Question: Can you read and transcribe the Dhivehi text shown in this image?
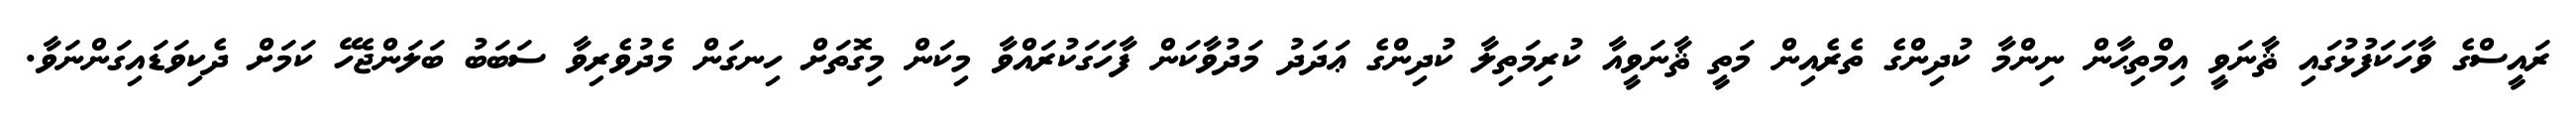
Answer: ރައީސްގެ ވާހަކަފުޅުގައި ޘާނަވީ އިމްތިޙާން ނިންމާ ކުދިންގެ ތެރެއިން މަތީ ޘާނަވީއާ ކުރިމަތިލާ ކުދިންގެ ޢަދަދު މަދުވާކަން ފާހަގަކުރައްވާ މިކަން މިގޮތަށް ހިނގަން މެދުވެރިވާ ސަބަބު ބަލަންޖެހޭ ކަމަށް ދެކިވަޑައިގަންނަވާ.